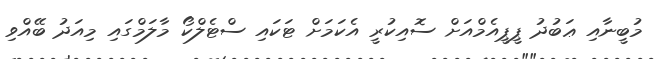
މުބީނާއި ޢަބުދު ޕީޕީއެމްއަށް ސޮއިކުރީ އެކަމަށް ޓަކައި ސްޓެލްކޯ މާލަމްގައި މިއަދު ބޭއްވި